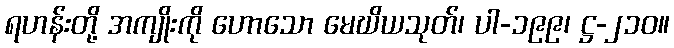
ရဟန်းတို့ အကျိုးကို ဟောသော မေဃိယသုတ်၊ ပါ-၁၉၉၊ ဋ္ဌ-၂၁၀။